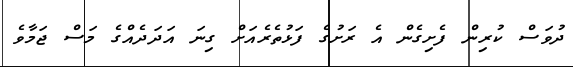
ދުވަސް ކުރިން ފެށިގެން އެ ރަށުގެ ފަޅުތެރެއަށް ގިނަ އަދަދެއްގެ މަސް ޖަމާވެ